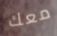
معك